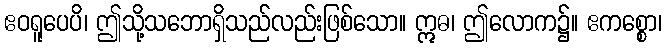
ဧဝရူပေပိ၊ ဤသို့သဘောရှိသည်လည်းဖြစ်သော။ ဣဓ၊ ဤလောက၌။ ဧကစ္စော၊